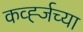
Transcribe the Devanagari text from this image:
कर्व्ह्जच्या